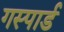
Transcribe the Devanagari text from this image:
गस्पार्ड